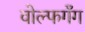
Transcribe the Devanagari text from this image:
वोल्फगँग